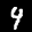
Label: 4